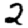
Digit: 2